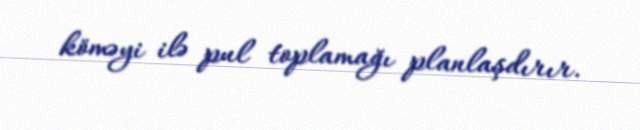
köməyi ilə pul toplamağı planlaşdırır.